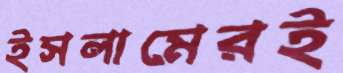
ইসলামেরই